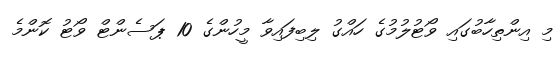
މި އިންތިހާބުގައި ވޯޓުލުމުގެ ހައްގު ލިބިފައިވާ މީހުންގެ 10 ޕަސެންޓް ވޯޓު ކޮންމެ